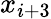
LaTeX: x_{i+3}